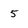
Character: 5